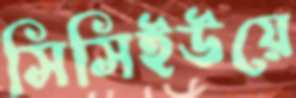
সিসিইউয়ে